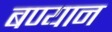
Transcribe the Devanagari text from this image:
बण्यान